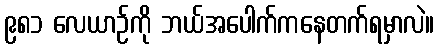
၉၈၁ လေယာဉ်ကို ဘယ်အပေါက်ကနေတက်ရမှာလဲ။